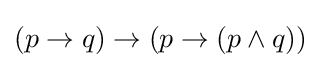
(p\rightarrow q)\rightarrow (p\rightarrow (p\wedge q))